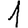
Digit: 1